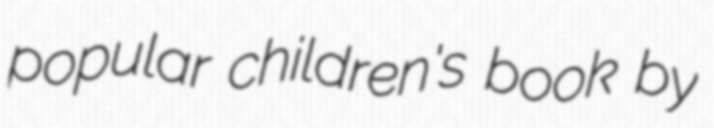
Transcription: popular children's book by